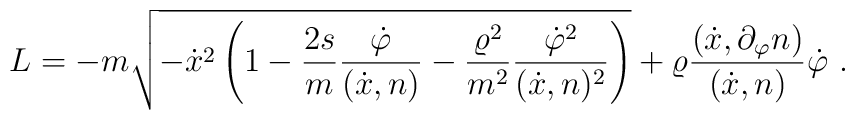
L=-m\sqrt{-\dot{x}^2\left (1-\frac{2s}{m}\frac{\dot{\varphi}}{(\dot{x},n)}-\frac{\varrho^2}{m^2}\frac{\dot{\varphi}^2}{(\dot{x},n)^2}\right )}+\varrho\frac{(\dot{x},\partial_\varphi n)}{(\dot{x},n)}\dot{\varphi}\ .